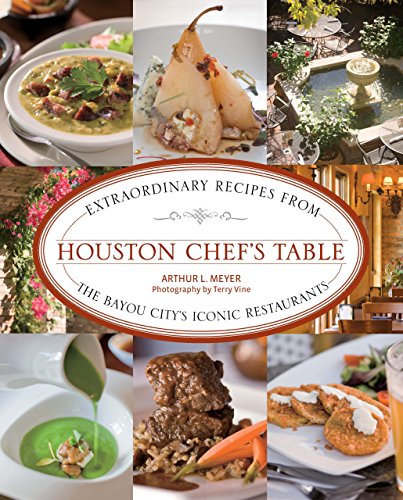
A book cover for Houston Chef's Table: Extraordinary Recipes From The Bayou City'S Iconic Restaurants; Arthur Meyer; Travel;